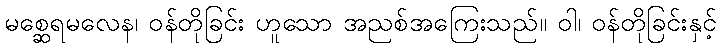
မစ္ဆေရမလေန၊ ဝန်တိုခြင်း ဟူသော အညစ်အကြေးသည်။ ဝါ၊ ဝန်တိုခြင်းနှင့်